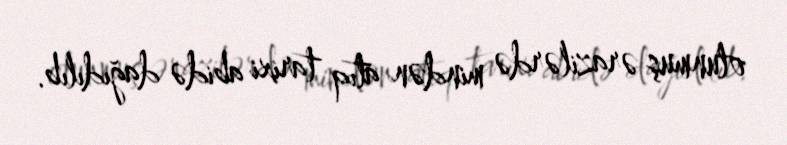
olunmuş ərazilərdə mindən atıq tarixi abidə dağıdılıb.